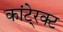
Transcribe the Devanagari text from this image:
कांटे्रक्ट